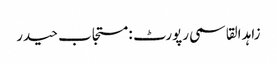
زاہد القاسمی رپورٹ : مستجاب حیدر